Cholera in India, 1862 to 1881
Year: 1862
Disease focus: Cholera
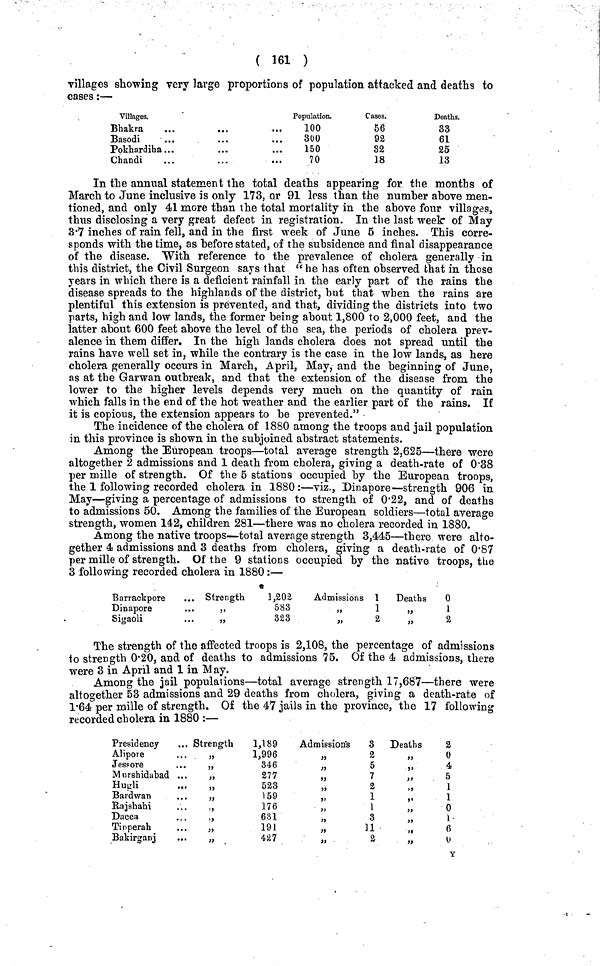
( 161 )
villages showing very large proportions of population attacked and deaths to
cases:—
Villages.
Bhakra
Basodi
Pokhardiha
Chandi
Population.
100
300
150
70
Cases.
56
92
82
18
Deaths.
33
61
25
13
In the annual statement the total deaths appearing for the months of
March to June inclusive is only 173, or 91 less than the numher above men-
tioned, and only 41 more than the total mortality in the above four villages,
thus disclosing a very great defect in registration. In the last week of May
3·7 inches of rain fell, and in the first week of June 5 inches. This corre-
sponds with the time, as before stated, of the subsidence and final disappearance
of the disease. With reference to the prevalence of cholera generally in
this district, the Civil Surgeon says that " he has often observed that in those
years in which there is a deficient rainfall in the early part of the rains the
disease spreads to the highlands of the district, but that when the rains are
plentiful this extension is prevented, and that, dividing the districts into two
parts, high and low lands, the former being about 1,800 to 2,000 feet, and the
latter about 600 feet above the level of the sea, the periods of cholera prev-
alence in them differ. In the high lands cholera does not spread until the
rains have well set in, while the contrary is the case in the low lands, as here
cholera generally occurs in March, April, May, and the beginning of June,
as at the Garwan outbreak, and that the extension of the disease from the
lower to the higher levels depends very much on the quantity of rain
which falls in the end of the hot weather and the earlier part of the rains. If
it is copious, the extension appears to be prevented."
The incidence of the cholera of 1880 among the troops and jail population
in this province is shown in the subjoined abstract statements.
Among the European troops—total average strength 2,625—there were
altogether 2 admissions and 1 death from cholera, giving a death-rate of 0·38
per mille of strength. Of the 5 stations occupied by the European troops,
the 1 following recorded cholera in 1880:—viz,, Dinapore—strength 906 in
May—giving a percentage of admissions to strength of 0·22, and of deaths
to admissions 50. Among the families of the European soldiers—total average
strength, women 142, children 281—there was no cholera recorded in 1880.
Among the native troops—total average strength 3,445—there were alto-
gether 4 admissions and 3 deaths from cholera, giving a death-rate of 0·87
per mille of strength. Of the 9 stations occupied by the native troops, the
3 following recorded cholera in 1880:—
Barrackpore
Dinapore
...
Sigaoli
Strength
1,202
„
583
,, 323
Admissions 1
,, 1
,, 2
Deaths
0
,, 1
,, 2
The strength of the affected troops is 2,108, the percentage of admissions
to strength 0·20, and of deaths to admissions 75. Of the 4 admissions, there
were 3 in April and 1 in May.
Among the jail populations—total average strength 17,687—there were
altogether 53 admissions and 29 deaths from cholera, giving a death-rate of
l·64 per mille of strength. Of the 47 jails in the province, the 17 following
recorded cholera in 1880 :—
Presidency
Alipore
Jessore
Murshidabad .
Hugli
Bardwan
Rajshahi
Dacca
Tipperah
Bakirganj
Strength
1,189
,, 1,996
,, 346
,, 277
„
523
,, 159
,, 176
,,
631
,, 191
,, 427
Admission's
3
,, 2
,, 5
,,
7
,, 2
,, 1
,, 1
,, 3
,, 11
,, 2
Deaths
2
,, 0
,, 4
,, 5
,, 1
,, 1
,, 0
,, 1
,, 6
,,
0
Y